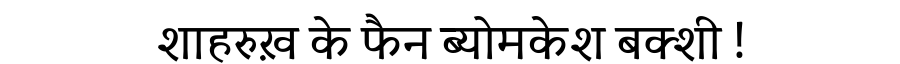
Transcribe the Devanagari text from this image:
शाहरुख़ के फैन ब्योमकेश बक्शी !